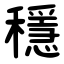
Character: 穩